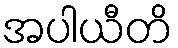
အပါယီတိ